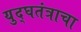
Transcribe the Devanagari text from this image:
युद्घतंत्राचा